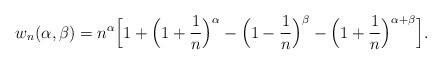
\begin{align*}w_{n}(\alpha,\beta)& =n^{\alpha}\Big[1+\Big(1+\frac{1}{n}\Big)^{\alpha}-\Big(1-\frac{1}{n}\Big)^{\beta}-\Big(1+\frac{1}{n}\Big)^{\alpha+\beta}\Big].\end{align*}